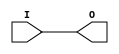
// $Header: /devl/xcs/repo/env/Databases/CAEInterfaces/xec_libs/data/unisims/OBUF_LVCMOS15_S_16.v,v 1.1 2005/05/10 01:20:07 wloo Exp $

/*

FUNCTION	: OUTPUT BUFFER

*/

`celldefine
`timescale  100 ps / 10 ps

module OBUF_LVCMOS15_S_16 (O, I);

    output O;

    input  I;

    bufif0 B1 (O, I, 1'b0);

endmodule